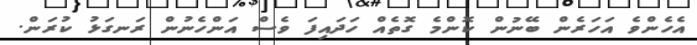
އެހެންވެ އަހަރެން ބޭނުން ކޮންމެ ގޮތެއް ހަދައިފަ ވެސް އަންހެނުން ރަނގަޅު ކުރަން.